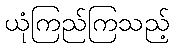
ယုံကြည်ကြသည့်